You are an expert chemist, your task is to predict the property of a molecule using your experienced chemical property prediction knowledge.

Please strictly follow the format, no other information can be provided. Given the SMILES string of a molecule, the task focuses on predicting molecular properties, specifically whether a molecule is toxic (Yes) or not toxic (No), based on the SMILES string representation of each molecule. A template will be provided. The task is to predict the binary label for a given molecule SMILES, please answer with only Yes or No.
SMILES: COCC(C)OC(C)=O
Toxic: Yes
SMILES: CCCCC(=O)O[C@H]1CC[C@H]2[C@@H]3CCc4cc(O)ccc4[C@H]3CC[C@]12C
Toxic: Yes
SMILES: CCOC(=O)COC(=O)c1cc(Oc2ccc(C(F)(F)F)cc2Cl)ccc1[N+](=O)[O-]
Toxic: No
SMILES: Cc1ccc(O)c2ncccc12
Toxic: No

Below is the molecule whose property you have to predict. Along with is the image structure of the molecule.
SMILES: CNC(=O)N(C)c1nc2ccccc2s1
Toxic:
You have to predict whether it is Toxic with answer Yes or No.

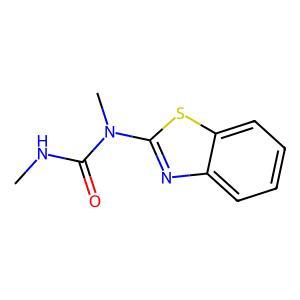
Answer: No